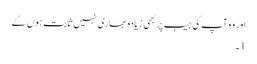
اور وہ آپ کی جیب پر بھی زیادہ بھاری نہیں ثابت ہوں گے
1۔